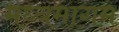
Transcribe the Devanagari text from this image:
मध्यमागम